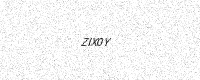
Text: ZIX0Y